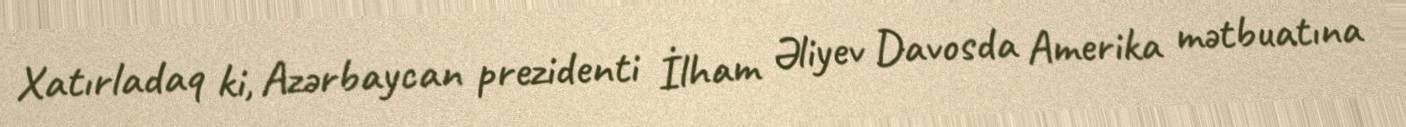
Xatırladaq ki, Azərbaycan prezidenti İlham Əliyev Davosda Amerika mətbuatına